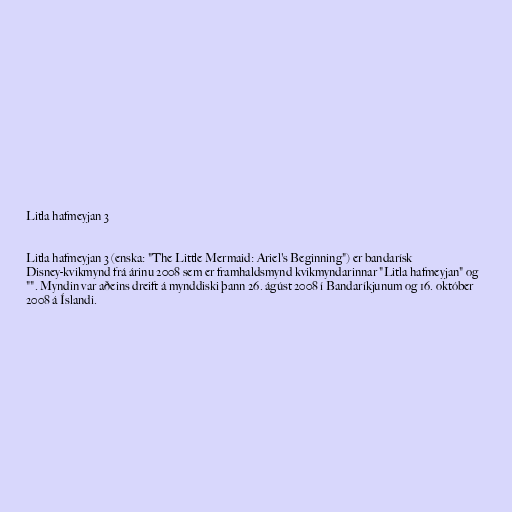
Litla hafmeyjan 3

Litla hafmeyjan 3 (enska: "The Little Mermaid: Ariel's Beginning") er bandarísk
Disney-kvikmynd frá árinu 2008 sem er framhaldsmynd kvikmyndarinnar "Litla hafmeyjan" og
"". Myndin var aðeins dreift á mynddiski þann 26. ágúst 2008 í Bandaríkjunum og 16. október
2008 á Íslandi.